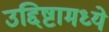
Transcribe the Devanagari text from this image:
उद्दिष्टामध्ये